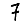
Digit: 7